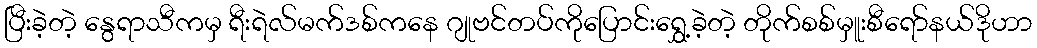
ပြီးခဲ့တဲ့ နွေရာသီကမှ ရီးရဲလ်မက်ဒစ်ကနေ ဂျုဗင်တပ်ကိုပြောင်းရွှေ့ခဲ့တဲ့ တိုက်စစ်မှူးစီရော်နယ်ဒိုဟာ